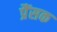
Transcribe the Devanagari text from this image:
प्रैंसक